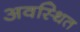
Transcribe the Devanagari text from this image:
अवस्‍थित